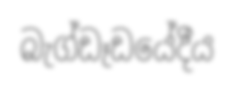
බැග්ඩෑඩයේදීය